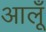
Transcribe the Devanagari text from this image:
आलूँ